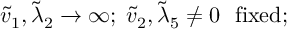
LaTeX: \tilde { v } _ { 1 } , \tilde { \lambda } _ { 2 } \to \infty ; \; \tilde { v } _ { 2 } , \tilde { \lambda } _ { 5 } \not = 0 \ \ \mathrm { f i x e d } ;